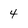
Character: 4